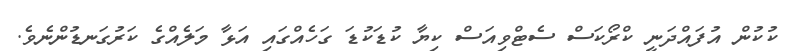
ކުކުން އުފައްދަނީ ކްރޯކަސް ސެޓްވިއަސް ކިޔާ ކުޑަކުޑަ ގަހެއްގައި އަޅާ މަލެއްގެ ކަރުގަނޑުންނެވެ.